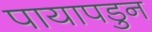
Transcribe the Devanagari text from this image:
पायापडुन